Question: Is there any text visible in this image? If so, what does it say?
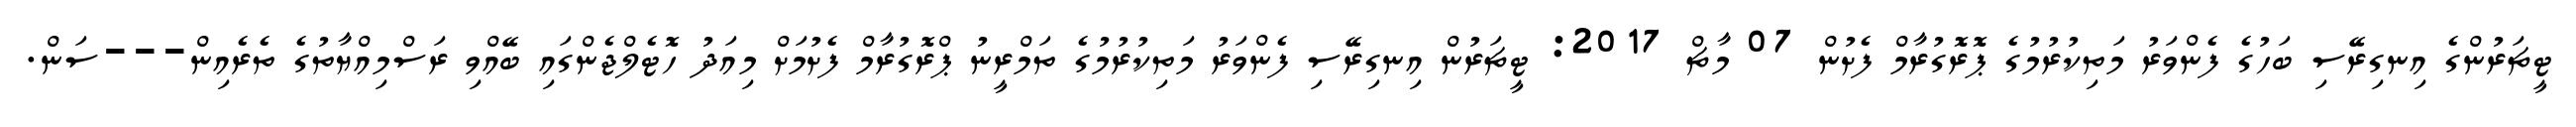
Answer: ޓީޗަރުންގެ އިނގިރޭސި ބަހުގެ ފެންވަރު މަތިކުރުމުގެ ޕޮރޮގުރާމް ފެށުން 07 މާޗް 2017: ޓީޗަރުން އިނގިރޭސި ފެންވަރު މަތިކުރުމުގެ ތަމްރީނު ޕްރޮގުރާމް ފެށުމަށް މިއަދު ހޮޓެލްޖެންގައި ބޭއްވި ރަސްމިއްޔާތުގެ ތެރެއިން---ސަން.